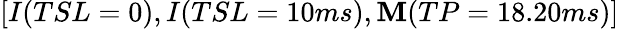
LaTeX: [I(TSL=0),I(TSL=10ms),\mathbf{M}(TP=18.20ms)]